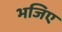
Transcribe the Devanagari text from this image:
भजिए